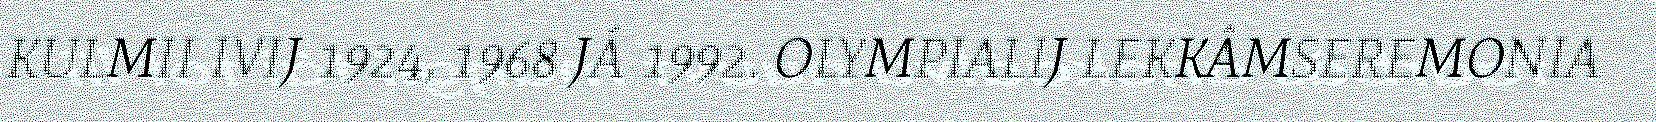
KULMII IVIJ 1924, 1968 JÁ 1992. OLYMPIALIJ LEKKÂMSEREMONIA